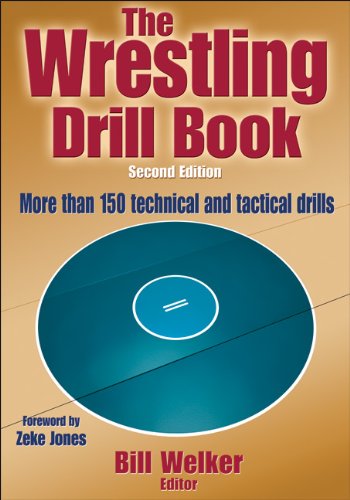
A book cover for Wrestling Drill Book-2nd Edition, The; Sports & Outdoors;